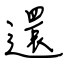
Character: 還